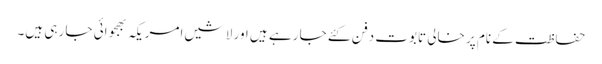
حفاظت کے نام پر خالی تابوت دفن کئے جا رہے ہیں اور لاشیں امریکہ بھجوائی جا رہی ہیں۔